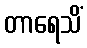
တာရေသိံ